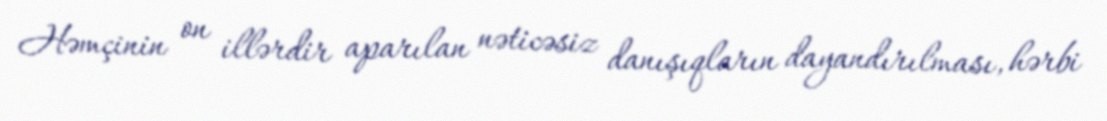
Həmçinin on illərdir aparılan nəticəsiz danışıqların dayandırılması, hərbi